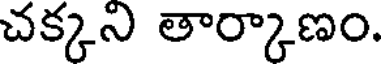
చక్కని తార్కాణం.